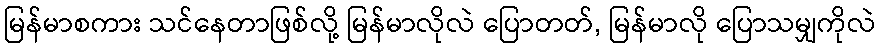
မြန်မာစကား သင်နေတာဖြစ်လို့ မြန်မာလိုလဲ ပြောတတ်, မြန်မာလို ပြောသမျှကိုလဲ